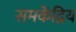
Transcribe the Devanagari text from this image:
समकेंद्रिय